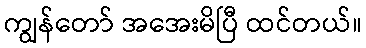
ကျွန်တော် အအေးမိပြီ ထင်တယ်။